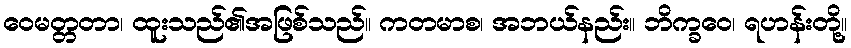
ဝေမတ္တတာ၊ ထူးသည်၏အဖြစ်သည်။ ကတမာစ၊ အဘယ်နည်း။ ဘိက္ခဝေ၊ ရဟန်းတို့။